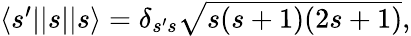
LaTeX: \begin{array}{r}{\langle s^{\prime}||s||s\rangle=\delta_{s^{\prime}s}\sqrt{s(s+1)(2s+1)},}\end{array}